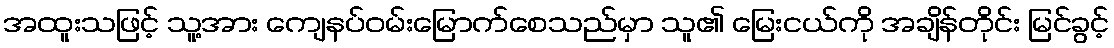
အထူးသဖြင့် သူ့အား ကျေနပ်ဝမ်းမြောက်စေသည်မှာ သူ၏ မြေးငယ်ကို အချိန်တိုင်း မြင်ခွင့်